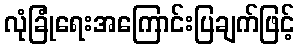
လုံခြုံရေးအကြောင်းပြချက်ဖြင့်